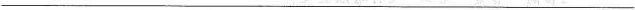
____